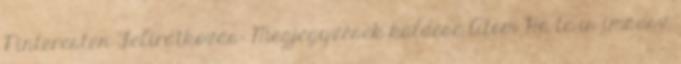
Pinteresten Feliratkozás: Megjegyzések küldése Atom Ha te is imádsz